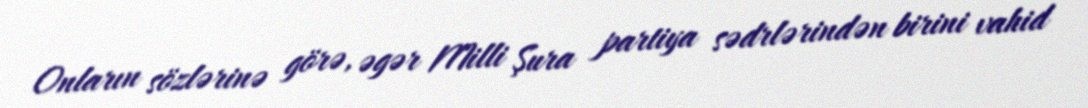
Onların sözlərinə görə, əgər Milli Şura partiya sədrlərindən birini vahid